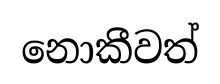
නොකීවත්